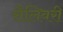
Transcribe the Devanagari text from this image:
सैलिवरी